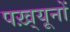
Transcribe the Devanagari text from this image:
पख़्यूनों